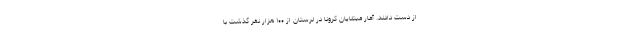
از دست دادند. آمار مبتلایان کرونا در لرستان از ۱۰۰ هزار نفر گذشت با